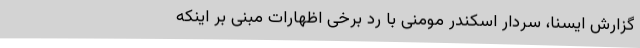
گزارش ایسنا، سردار اسکندر مومنی با رد برخی اظهارات مبنی بر اینکه